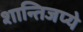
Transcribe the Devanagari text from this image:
शान्तिजप्ये